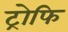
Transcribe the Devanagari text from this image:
ट्रोफि